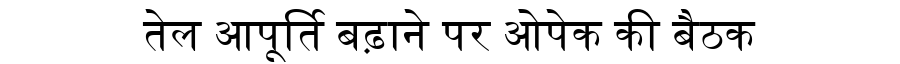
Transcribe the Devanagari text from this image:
तेल आपूर्ति बढ़ाने पर ओपेक की बैठक